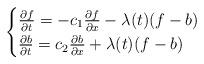
LaTeX: \begin{align*}\begin{cases}\frac{\partial f}{\partial t} = -c_1\frac{\partial f}{\partial x} -\lambda(t)(f-b) \\\frac{\partial b}{\partial t} = c_2\frac{\partial b}{\partial x} +\lambda(t)(f-b)\end{cases}\end{align*}